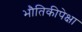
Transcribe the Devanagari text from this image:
भौतिकीपेक्षा